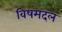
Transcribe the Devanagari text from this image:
विषमदल